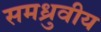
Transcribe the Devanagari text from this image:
समध्रुवीय